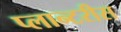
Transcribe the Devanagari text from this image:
प्लान्टरीस